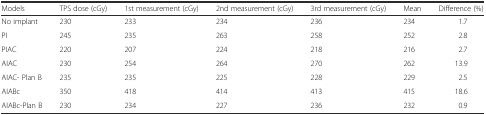
<table><thead><tr><td><b>Models</b></td><td><b>TPS dose (cGy)</b></td><td><b>1st measurement (cGy)</b></td><td><b>2nd measurement (cGy)</b></td><td><b>3rd measurement (cGy)</b></td><td><b>Mean</b></td><td><b>Difference (%)</b></td></tr></thead><tbody><tr><td>No implant</td><td>230</td><td>233</td><td>234</td><td>236</td><td>234</td><td>1.7</td></tr><tr><td>PI</td><td>245</td><td>235</td><td>263</td><td>258</td><td>252</td><td>2.8</td></tr><tr><td>PIAC</td><td>220</td><td>207</td><td>224</td><td>218</td><td>216</td><td>2.7</td></tr><tr><td>AIAC</td><td>230</td><td>254</td><td>264</td><td>270</td><td>262</td><td>13.9</td></tr><tr><td>AIAC- Plan B</td><td>235</td><td>235</td><td>225</td><td>228</td><td>229</td><td>2.5</td></tr><tr><td>AIABc</td><td>350</td><td>418</td><td>414</td><td>413</td><td>415</td><td>18.6</td></tr><tr><td>AIABc-Plan B</td><td>230</td><td>234</td><td>227</td><td>236</td><td>232</td><td>0.9</td></tr></tbody></table>